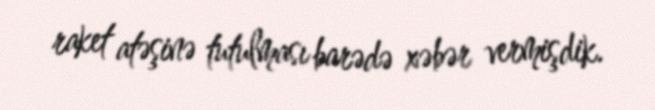
raket atəşinə tutulması barədə xəbər vermişdik.